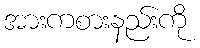
အားကစားနည်းကို